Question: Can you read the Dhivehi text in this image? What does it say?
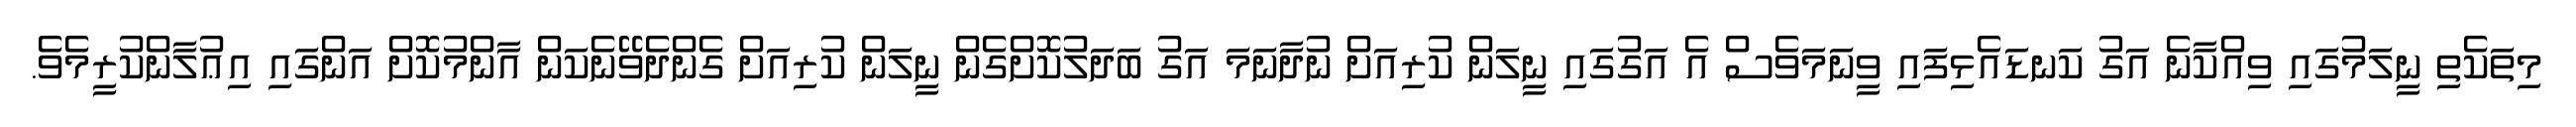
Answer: މިތަކެތި ނީލަމުގައި ވިއްކާނެ އަގު ކަނޑައެޅިފައި ވީނަމަވެސް އެ އަގުގައި ނީލަން ކުރިއަށް ނުދާނަމަ އަގު ބަދަލުކޮށްގެން ނީލަން ކުރިއަށް ގެންދެވޭނެކަން އާންމުކޮށް އަންގައި އިޢުލާންކުރީމެވެ.